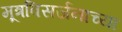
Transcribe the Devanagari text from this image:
मूत्रविसर्जनाच्या